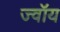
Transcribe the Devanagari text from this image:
ज्वॉय